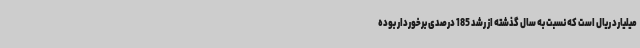
میلیارد ریال است که نسبت به سال گذشته از رشد 185 درصدی برخوردار بوده